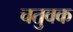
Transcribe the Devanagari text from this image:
चतुवक